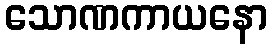
သောဏကာယနော